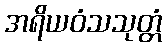
အရိယဝံသသုတ္တံ